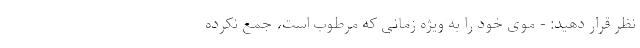
نظر قرار دهید: - موی خود را به ویژه زمانی که مرطوب است، جمع نکرده